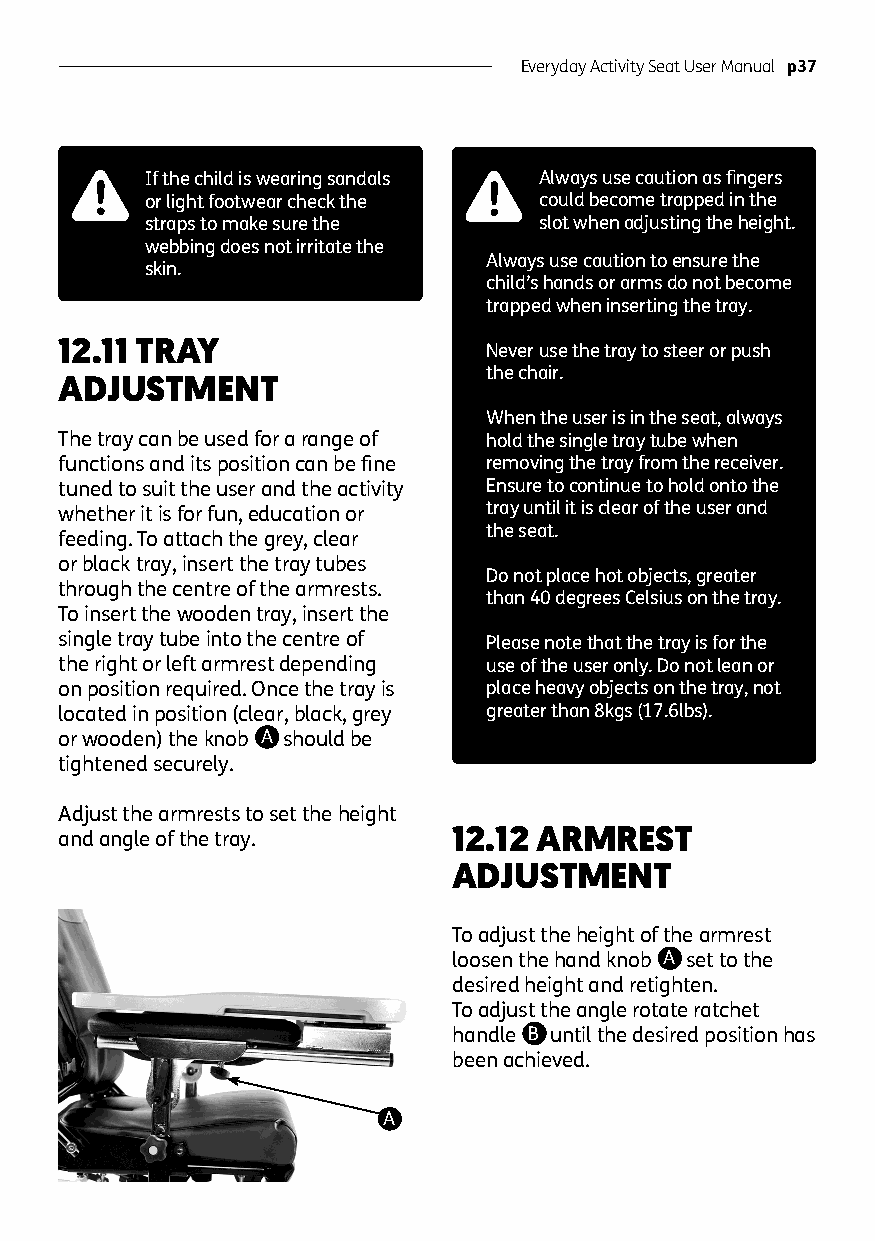
Everyday Activity Seat User Manual p37
 If the child is wearing sandals Always use caution as fingers
 or light footwear check the could become trapped in the
 straps to make sure the   slot when adjusting the height.
 webbing does not irritate the
 Always use caution to ensure the
 skin.
 child’s hands or arms do not become
 trapped when inserting the tray.
 12.11 TRAY                  Never use the tray to steer or push
 the chair.
 ADJUSTMENT
 When the user is in the seat, always
 The tray can be used for a range of hold the single tray tube when
 functions and its position can be fine removing the tray from the receiver.
 tuned to suit the user and the activity Ensure to continue to hold onto the
 whether it is for fun, education or tray until it is clear of the user and
 the seat.
 feeding. To attach the grey, clear
 or black tray, insert the tray tubes
 Do not place hot objects, greater
 through the centre of the armrests.
 than 40 degrees Celsius on the tray.
 To insert the wooden tray, insert the
 single tray tube into the centre of Please note that the tray is for the
 the right or left armrest depending use of the user only. Do not lean or
 on position required. Once the tray is place heavy objects on the tray, not
 located in position (clear, black, grey greater than 8kgs (17.6lbs).
 or wooden) the knob A should be
 tightened securely.
 Adjust the armrests to set the height
 and angle of the tray.    12.12 ARMREST
 ADJUSTMENT
 To adjust the height of the armrest
 loosen the hand knob A set to the
 desired height and retighten.
 To adjust the angle rotate ratchet
 handle B until the desired position has
 been achieved.
 A